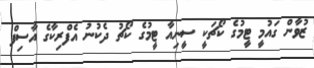
ޒުވާން ގައުމީ ޓީމުގެ ކޯޗަކީ ސީނިއާ ޓީމުގެ ކޯޗު ދެކުނު އެފްރިކާގެ އާސިފް